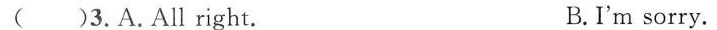
( )3.A.All right. B.I'm sorry.